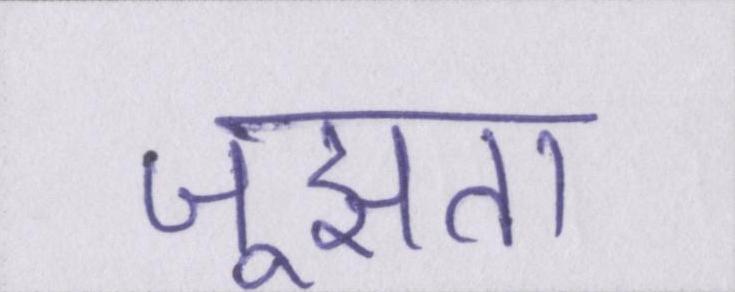
जूझता